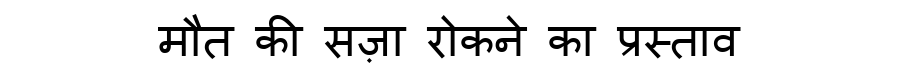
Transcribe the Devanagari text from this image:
मौत की सज़ा रोकने का प्रस्ताव